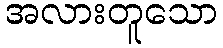
အလားတူသော